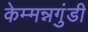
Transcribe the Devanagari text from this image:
केम्मन्नगुंडी